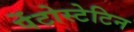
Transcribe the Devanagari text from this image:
पेंटोस्टेटिन